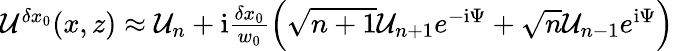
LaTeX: \begin{array}{r}{\mathcal{U}^{\delta x_{0}}(x,z)\approx\mathcal{U}_{n}+\mathrm{i}\frac{\delta x_{0}}{w_{0}}\left(\sqrt{n+1}\mathcal{U}_{n+1}e^{-\mathrm{i}\Psi}+\sqrt{n}\mathcal{U}_{n-1}e^{\mathrm{i}\Psi}\right)}\end{array}